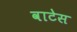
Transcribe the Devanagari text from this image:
वाटेस